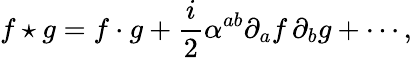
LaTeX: f\star g=f\cdot g+\frac{i}{2}\alpha^{ab}\partial_{a}f\, \partial_{b}g+\cdots,